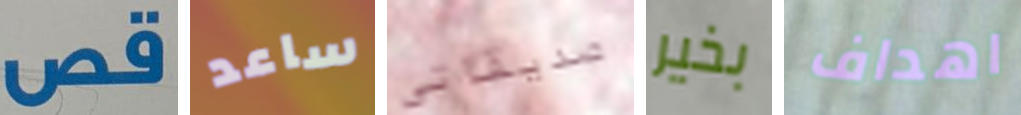
قص ساعد صديقاتي بخير اهداف